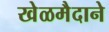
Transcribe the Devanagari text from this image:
खेळमैदाने